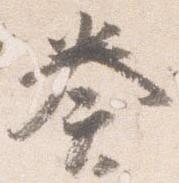
奏